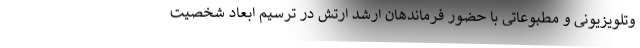
وتلویزیونی و مطبوعاتی با حضور فرماندهان ارشد ارتش در ترسیم ابعاد شخصیت